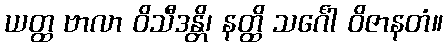
ယတ္ထ ဗာလာ ဝိသီဒန္တိ၊ နတ္ထိ သင်္ဂေါ ဝိဇာနတံ။